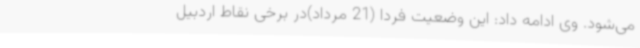
می‌شود. وی ادامه داد: این وضعیت فردا (21 مرداد)در برخی نقاط اردبیل